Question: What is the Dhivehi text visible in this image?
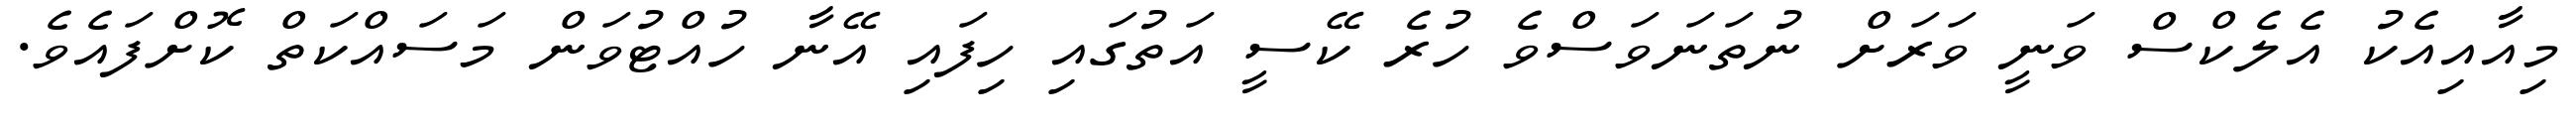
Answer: މިއާއިއެކު އެލެކްސް ވަނީ ވަރަށް ނުތަނަވަސްވެ ހުރެ ކޭސީ އަތުގައި ހިފައި އޭނާ ހުއްޓުވަން މަސައްކަތް ކޮށްފައެވެ.